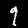
Label: 9